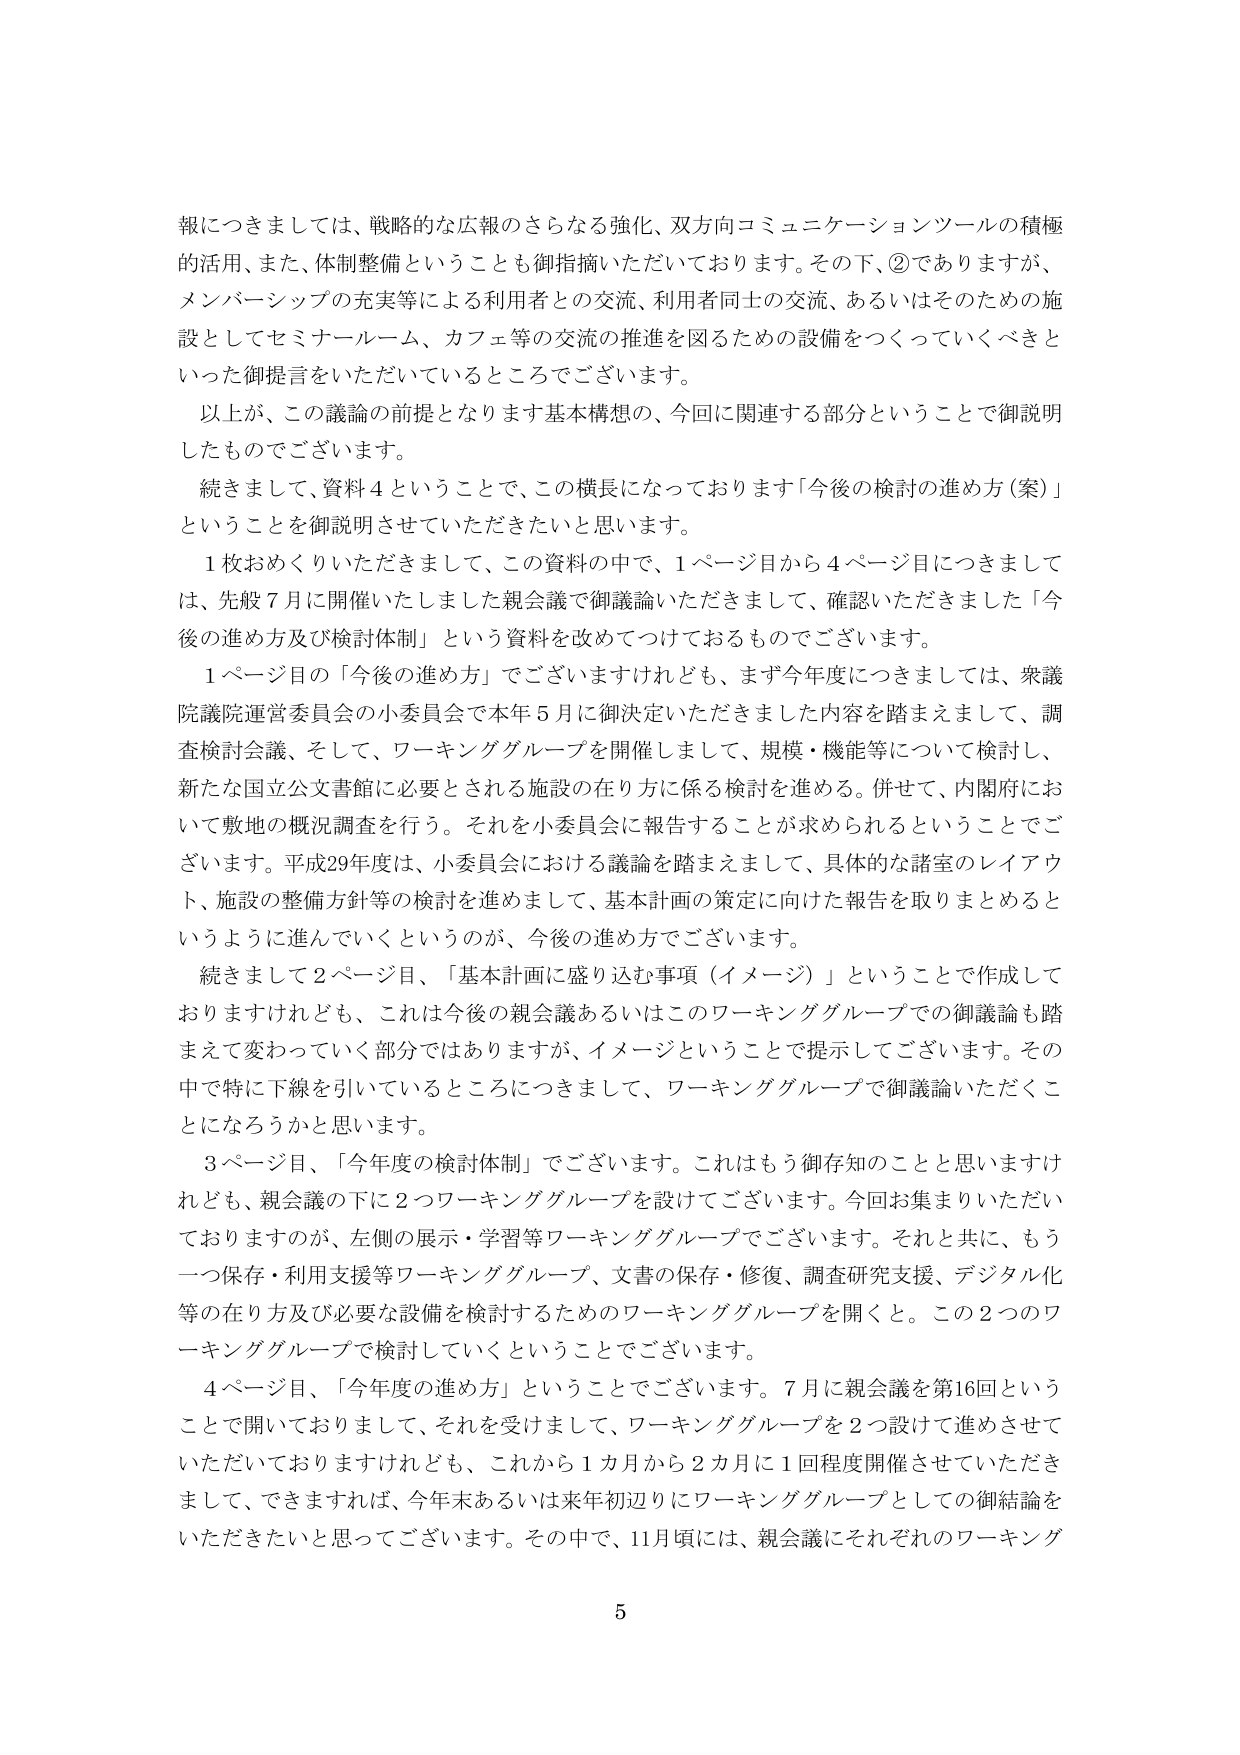
報につきましては、戦略的な広報のさらなる強化、双方向コミュニケーションツールの積極的活用、また、体制整備ということも御指摘いただいております。その下、②でありますが、メンバーシップの充実等による利用者との交流、利用者同士の交流、あるいはそのための施設としてセミナールーム、カフェ等の交流の推進を図るための設備をつくっていくべきといった御提言をいただいているところでございます。

以上が、この議論の前提となります基本構想の、今回に関連する部分ということで御説明したものでございます。

続きまして、資料４ということで、この横長になっております「今後の検討の進め方（案）」ということを御説明させていただきたいと思います。

１枚おめくりいただきまして、この資料の中で、１ページ目から４ページ目につきましては、先般７月に開催いたしました親会議で御議論いただきまして、確認いただきました「今後の進め方及び検討体制」という資料を改めてつけておるものでございます。

１ページ目の「今後の進め方」でございますけれども、まず今年度につきましては、衆議院議院運営委員会の小委員会で本年５月に御決定いただきました内容を踏まえまして、調査検討会議、そして、ワーキンググループを開催しまして、規模・機能等について検討し、新たな国立公文書館に必要とされる施設の在り方に係る検討を進める。併せて、内閣府において敷地の概況調査を行う。それを小委員会に報告することが求められるということでございます。平成29年度は、小委員会における議論を踏まえまして、具体的な諸室のレイアウト、施設の整備方針等の検討を進めまして、基本計画の策定に向けた報告を取りまとめるというように進んでいくというのが、今後の進め方でございます。

続きまして２ページ目、「基本計画に盛り込む事項（イメージ）」ということで作成しておりますけれども、これは今後の親会議あるいはこのワーキンググループでの御議論も踏まえて変わっていく部分ではありますが、イメージということで提示してございます。その中で特に下線を引いているところにつきまして、ワーキンググループで御議論いただくことになろうかと思います。

３ページ目、「今年度の検討体制」でございます。これはもう御存知のことと思いますけれども、親会議の下に２つワーキンググループを設けてございます。今回お集まりいただいておりますのが、左側の展示・学習等ワーキンググループでございます。それと共に、もう一つ保存・利用支援等ワーキンググループ、文書の保存・修復、調査研究支援、デジタル化等の在り方及び必要な設備を検討するためのワーキンググループを開くと。この２つのワーキンググループで検討していくということでございます。

４ページ目、「今年度の進め方」ということでございます。７月に親会議を第16回ということで開いておりまして、それを受けてまして、ワーキンググループを２つ設けて進めさせていただいておりますけれども、これから１カ月から２カ月に１回程度開催させていただきまして、できますれば、今年末あるいは来年初辺りにワーキンググループとしての御結論をいただきたいと思ってございます。その中で、11月頃には、親会議にそれぞれのワーキング

5